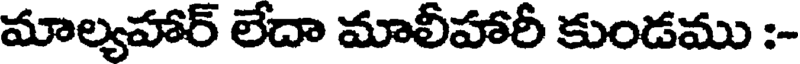
మాల్యహార్ లేదా మాలీహారీ కుండము :-